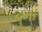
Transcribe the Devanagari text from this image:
दुमों